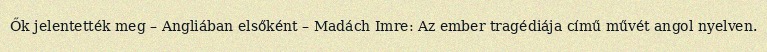
Ők jelentették meg – Angliában elsőként – Madách Imre: Az ember tragédiája című művét angol nyelven.